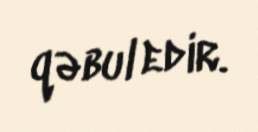
qəbul edir.